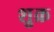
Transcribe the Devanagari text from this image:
शु़क्र